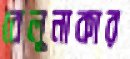
বেলুনাকার